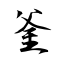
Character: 釜